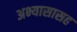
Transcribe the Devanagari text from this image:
अभ्यासासह